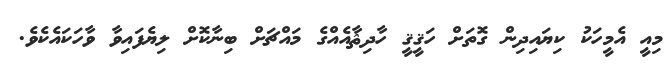
މިއީ އެމީހަކު ކިޔައިދިން ގޮތަށް ހަޤީޤީ ހާދިޘާއެއްގެ މައްޗަށް ބިނާކޮށް ލިޔެފައިވާ ވާހަކައެކެވެ.